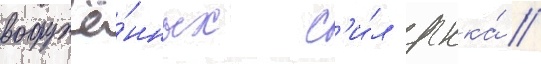
вооружё́нных с'и́л ркка́ /